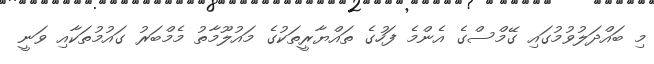
މި ބައްދަލުވުމުގައި ގޭމްސްގެ އެންމެ ފަހުގެ ތައްޔާރީތަކުގެ މައުލޫމާތު މެމްބަރު ގައުމުތަކާއި ވަނީ